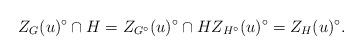
LaTeX: \begin{align*}Z_G (u)^\circ \cap H = Z_{G^\circ}(u)^\circ \cap H Z_{H^\circ}(u)^\circ = Z_H (u)^\circ .\end{align*}